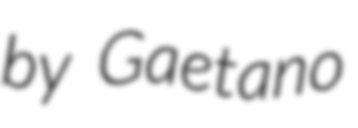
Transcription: by Gaetano